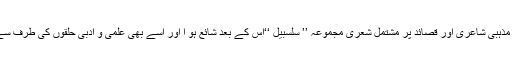
سید جعفر طاہر کی مذہبی شاعری اور قصائد پر مشتمل شعری مجموعہ ’’ سلسبیل ‘‘اس کے بعد شائع ہو ا اور اسے بھی علمی و ادبی حلقوں کی طرف سے بہت پذیرائی ملی۔